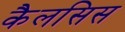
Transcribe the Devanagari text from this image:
कैलसिस